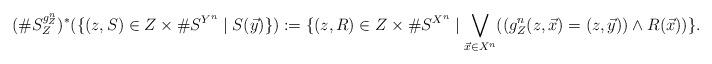
LaTeX: \begin{align*}(\#S^{g^n_Z}_Z)^*(\{(z, S) \in Z \times \#S^{Y^n} \mid S(\vec{y})\})&:= \{(z, R) \in Z \times \#S^{X^n} \mid \bigvee_{\vec{x} \in X^n} ((g^n_Z(z, \vec{x}) = (z, \vec{y})) \wedge R(\vec{x}))\}.\end{align*}